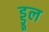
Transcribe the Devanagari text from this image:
ड्डूल